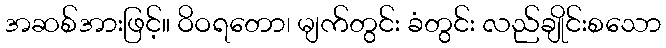
အဆစ်အားဖြင့်။ ဝိဝရတော၊ မျက်တွင်း ခံတွင်း လည်ချိုင်းစသော